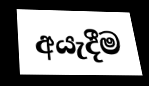
අයැදීම